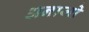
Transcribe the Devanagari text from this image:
अनाजो